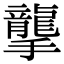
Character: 𢸭